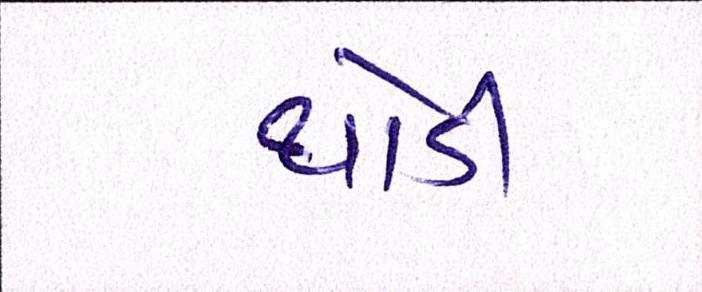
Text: થોડી